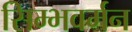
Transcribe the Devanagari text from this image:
सिम्भवर्मन